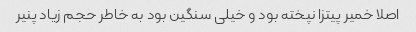
اصلا خمیر پیتزا نپخته بود و خیلی سنگین بود به خاطر حجم زیاد پنیر